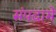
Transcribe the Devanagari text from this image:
संपदामे